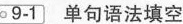
9-1 单句语法填空